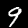
Label: 9